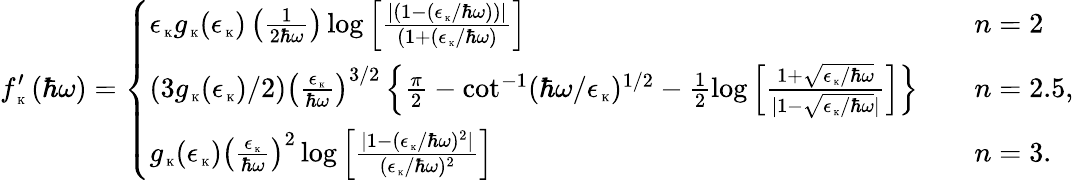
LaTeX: f_{\mathrm{\tiny~K}}^{\prime}\left(\hbar\omega\right)=\left\{ \begin{array}{ll}{\epsilon_{\mathrm{\tiny~K}}g_{\mathrm{\tiny~K}}(\epsilon_{\mathrm{\tiny~K}})\left(\frac{1}{2\hbar\omega}\right)\log\left[\frac{\vert(1-(\epsilon_{\mathrm{\tiny~K}}/\hbar\omega))\vert}{(1+(\epsilon_{\mathrm{\tiny~K}}/\hbar\omega)}\right]}&{\quad n=2}\\ {(3g_{\mathrm{\tiny~K}}(\epsilon_{\mathrm{\tiny~K}})/2)\left(\frac{\epsilon_{\mathrm{\tiny~K}}}{\hbar\omega}\right)^{3/2}\left\{ \frac{\pi}{2}-\cot^{-1}(\hbar\omega/\epsilon_{\mathrm{\tiny~K}})^{1/2}-\frac{1}{2}\log\left[\frac{1+\sqrt{\epsilon_{\mathrm{\tiny~K}}/\hbar\omega}}{\vert 1-\sqrt{\epsilon_{\mathrm{\tiny~K}}/\hbar\omega}\vert}\right]\right\} }&{\quad n=2.5,}\\ {g_{\mathrm{\tiny~K}}(\epsilon_{\mathrm{\tiny~K}})\left(\frac{\epsilon_{\mathrm{\tiny~K}}}{\hbar\omega}\right)^{2}\log\left[\frac{\vert 1-(\epsilon_{\mathrm{\tiny~K}}/\hbar\omega)^{2}\vert}{(\epsilon_{\mathrm{\tiny~K}}/\hbar\omega)^{2}}\right]}&{\quad n=3.}\end{array}\right.